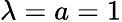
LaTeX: \lambda=a=1